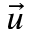
\vec { u }